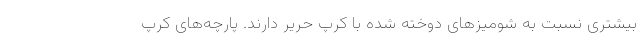
بیشتری نسبت به شومیزهای دوخته شده با کرپ حریر دارند. پارچه‌های کرپ